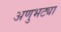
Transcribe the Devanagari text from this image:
अणुभट्या